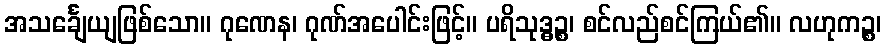
အသင်္ချေယျဖြစ်သော။ ဂုဏေန၊ ဂုဏ်အပေါင်းဖြင့်။ ပရိသုဒ္ဓဉ္စ၊ စင်လည်စင်ကြယ်၏။ လဟုကဉ္စ၊